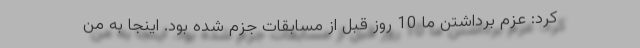
کرد: عزم برداشتن ما 10 روز قبل از مسابقات جزم شده بود. اینجا به من